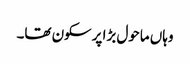
وہاں ماحول بڑا پرسکون تھا۔